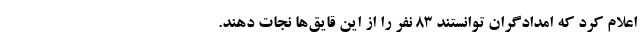
اعلام کرد که امدادگران توانستند ۸۳ نفر را از این قایق‌ها نجات دهند.